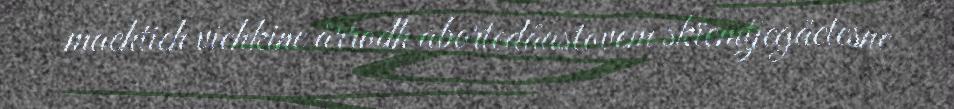
maehtieh viehkine årrodh abortedåastovem skïemtjegåetesne